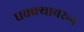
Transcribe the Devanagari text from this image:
धक्क्यावरून